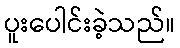
ပူးပေါင်းခဲ့သည်။